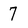
Character: 7